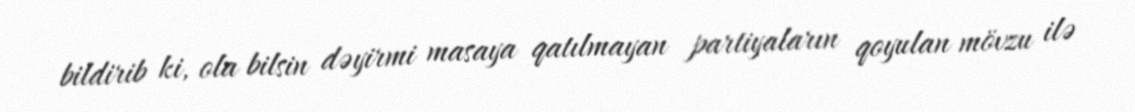
bildirib ki, ola bilsin dəyirmi masaya qatılmayan partiyaların qoyulan mövzu ilə